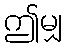
ဤမျှ